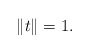
\begin{align*}\left\| t\right\| =1. \end{align*}